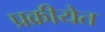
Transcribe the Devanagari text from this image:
प्रक्रीयेत